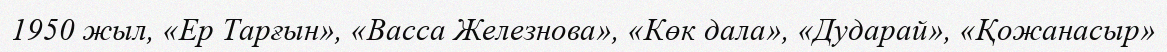
1950 жыл, «Ер Тарғын», «Васса Железнова», «Көк дала», «Дударай», «Қожанасыр»